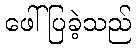
ဖေါ်ပြခဲ့သည်